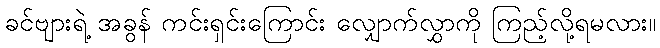
ခင်ဗျားရဲ့ အခွန် ကင်းရှင်းကြောင်း လျှောက်လွှာကို ကြည့်လို့ရမလား။